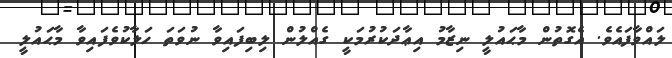
ލައްވާފައެވެ. އެގޮތުން މާޙައުލީ ނިޒާމު އިޢާދަކުރުމަކީ ގެއްލުން ލިބިފައިވާ ނުވަތަ ހަލާކުވެފައިވާ މާޙައުލީ